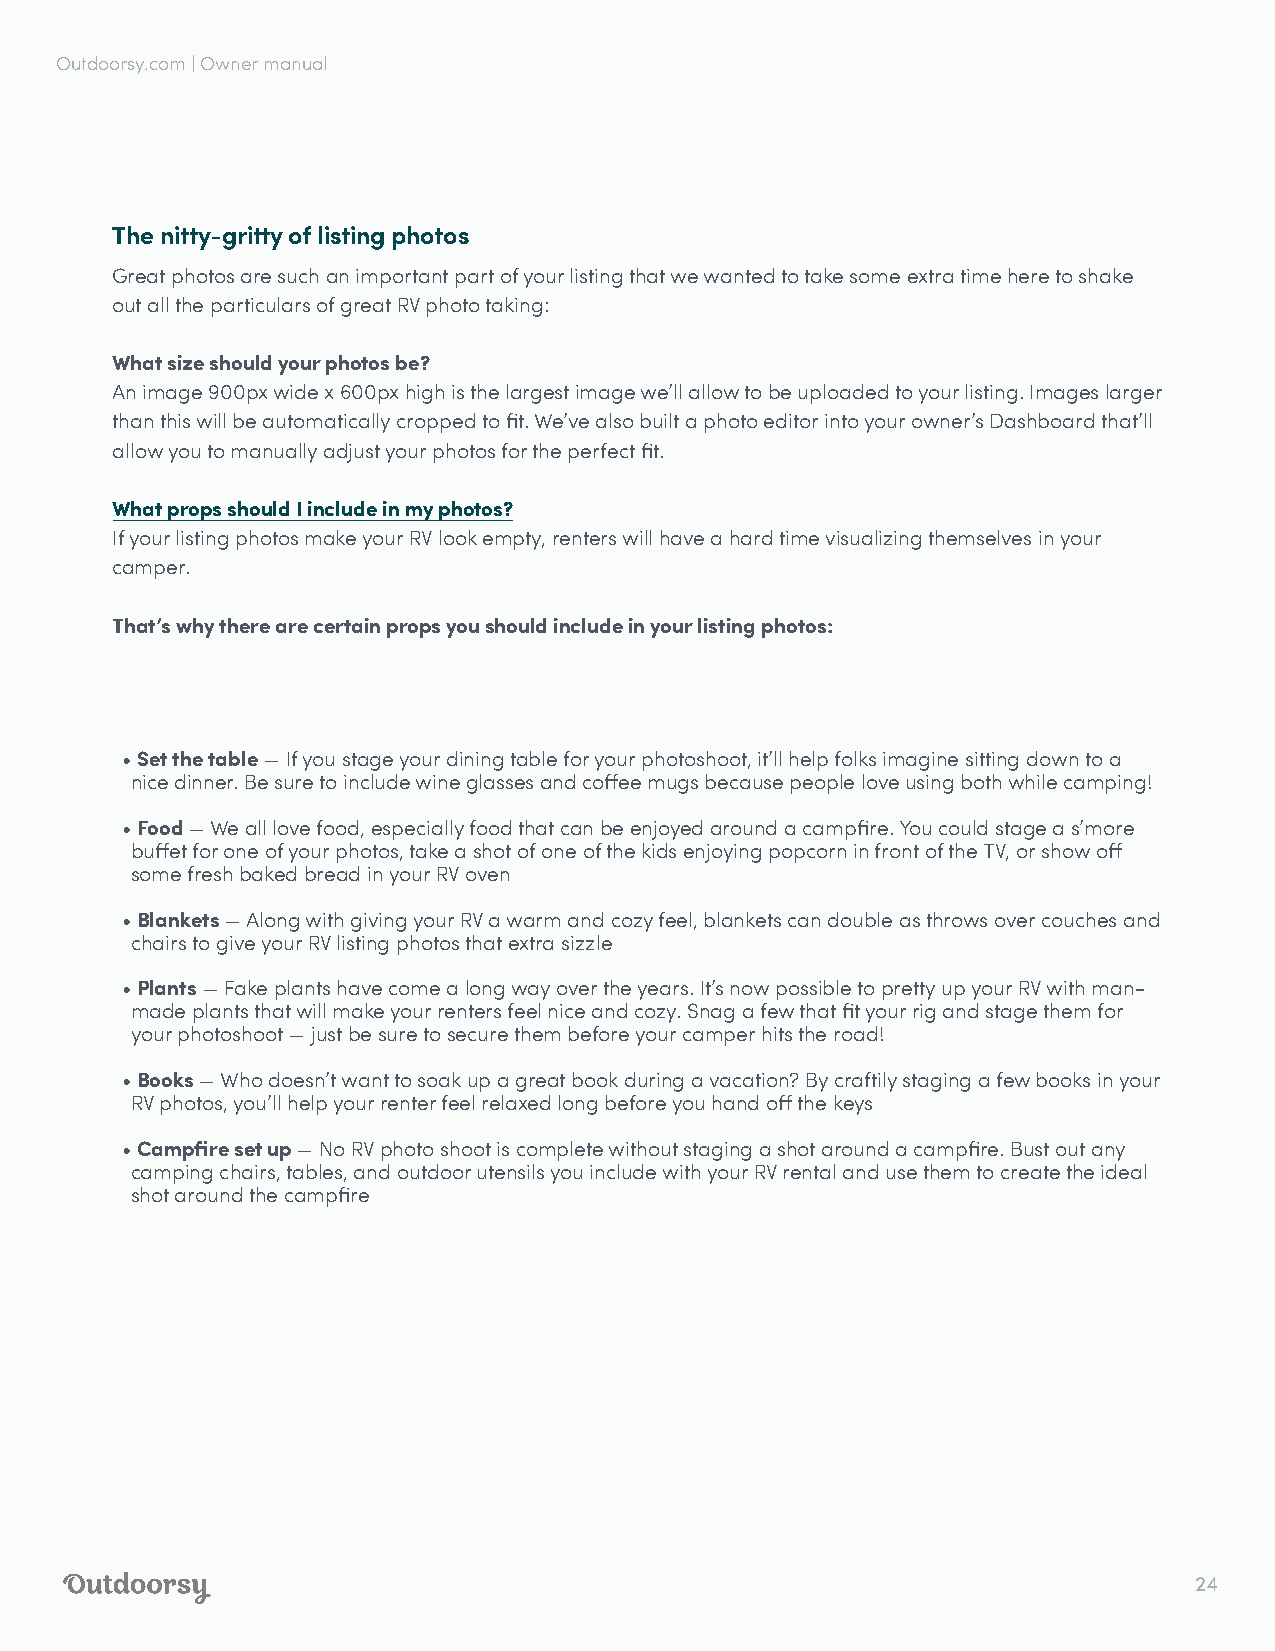
Outdoorsy.com | Owner manual
 The nitty-gritty of listing photos
 Great photos are such an important part of your listing that we wanted to take some extra time here to shake
 out all the particulars of great RV photo taking:
 What size should your photos be?
 An image 900px wide x 600px high is the largest image we’ll allow to be uploaded to your listing. Images larger
 than this will be automatically cropped to fit. We’ve also built a photo editor into your owner’s Dashboard that’ll
 allow you to manually adjust your photos for the perfect fit.
 What props should I include in my photos?
 If your listing photos make your RV look empty, renters will have a hard time visualizing themselves in your
 camper.
 That’s why there are certain props you should include in your listing photos:
 • Set the table — If you stage your dining table for your photoshoot, it’ll help folks imagine sitting down to a
 nice dinner. Be sure to include wine glasses and coffee mugs because people love using both while camping!
 • Food — We all love food, especially food that can be enjoyed around a campfire. You could stage a s’more
 buffet for one of your photos, take a shot of one of the kids enjoying popcorn in front of the TV, or show off
 some fresh baked bread in your RV oven
 • Blankets — Along with giving your RV a warm and cozy feel, blankets can double as throws over couches and
 chairs to give your RV listing photos that extra sizzle
 • Plants — Fake plants have come a long way over the years. It’s now possible to pretty up your RV with man-
 made plants that will make your renters feel nice and cozy. Snag a few that fit your rig and stage them for
 your photoshoot — just be sure to secure them before your camper hits the road!
 • Books — Who doesn’t want to soak up a great book during a vacation? By craftily staging a few books in your
 RV photos, you’ll help your renter feel relaxed long before you hand off the keys
 • Campfire set up — No RV photo shoot is complete without staging a shot around a campfire. Bust out any
 camping chairs, tables, and outdoor utensils you include with your RV rental and use them to create the ideal
 shot around the campfire
 24